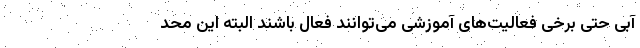
آبی حتی برخی فعالیت‌های آموزشی می‌توانند فعال باشند البته این محد